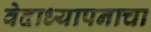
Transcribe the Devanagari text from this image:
वेदाध्यापनाचा